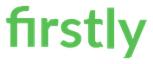
firstly